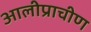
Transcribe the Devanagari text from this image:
आलीप्राचीण